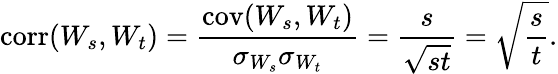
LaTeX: \operatorname{corr}(W_{s},W_{t})={\frac{\operatorname{cov}(W_{s},W_{t})}{\sigma_{W_{s}}\sigma_{W_{t}}}}={\frac{s}{\sqrt{st}}}={\sqrt{\frac{s}{t}}}.